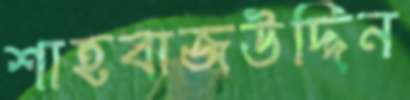
শাহবাজউদ্দিন